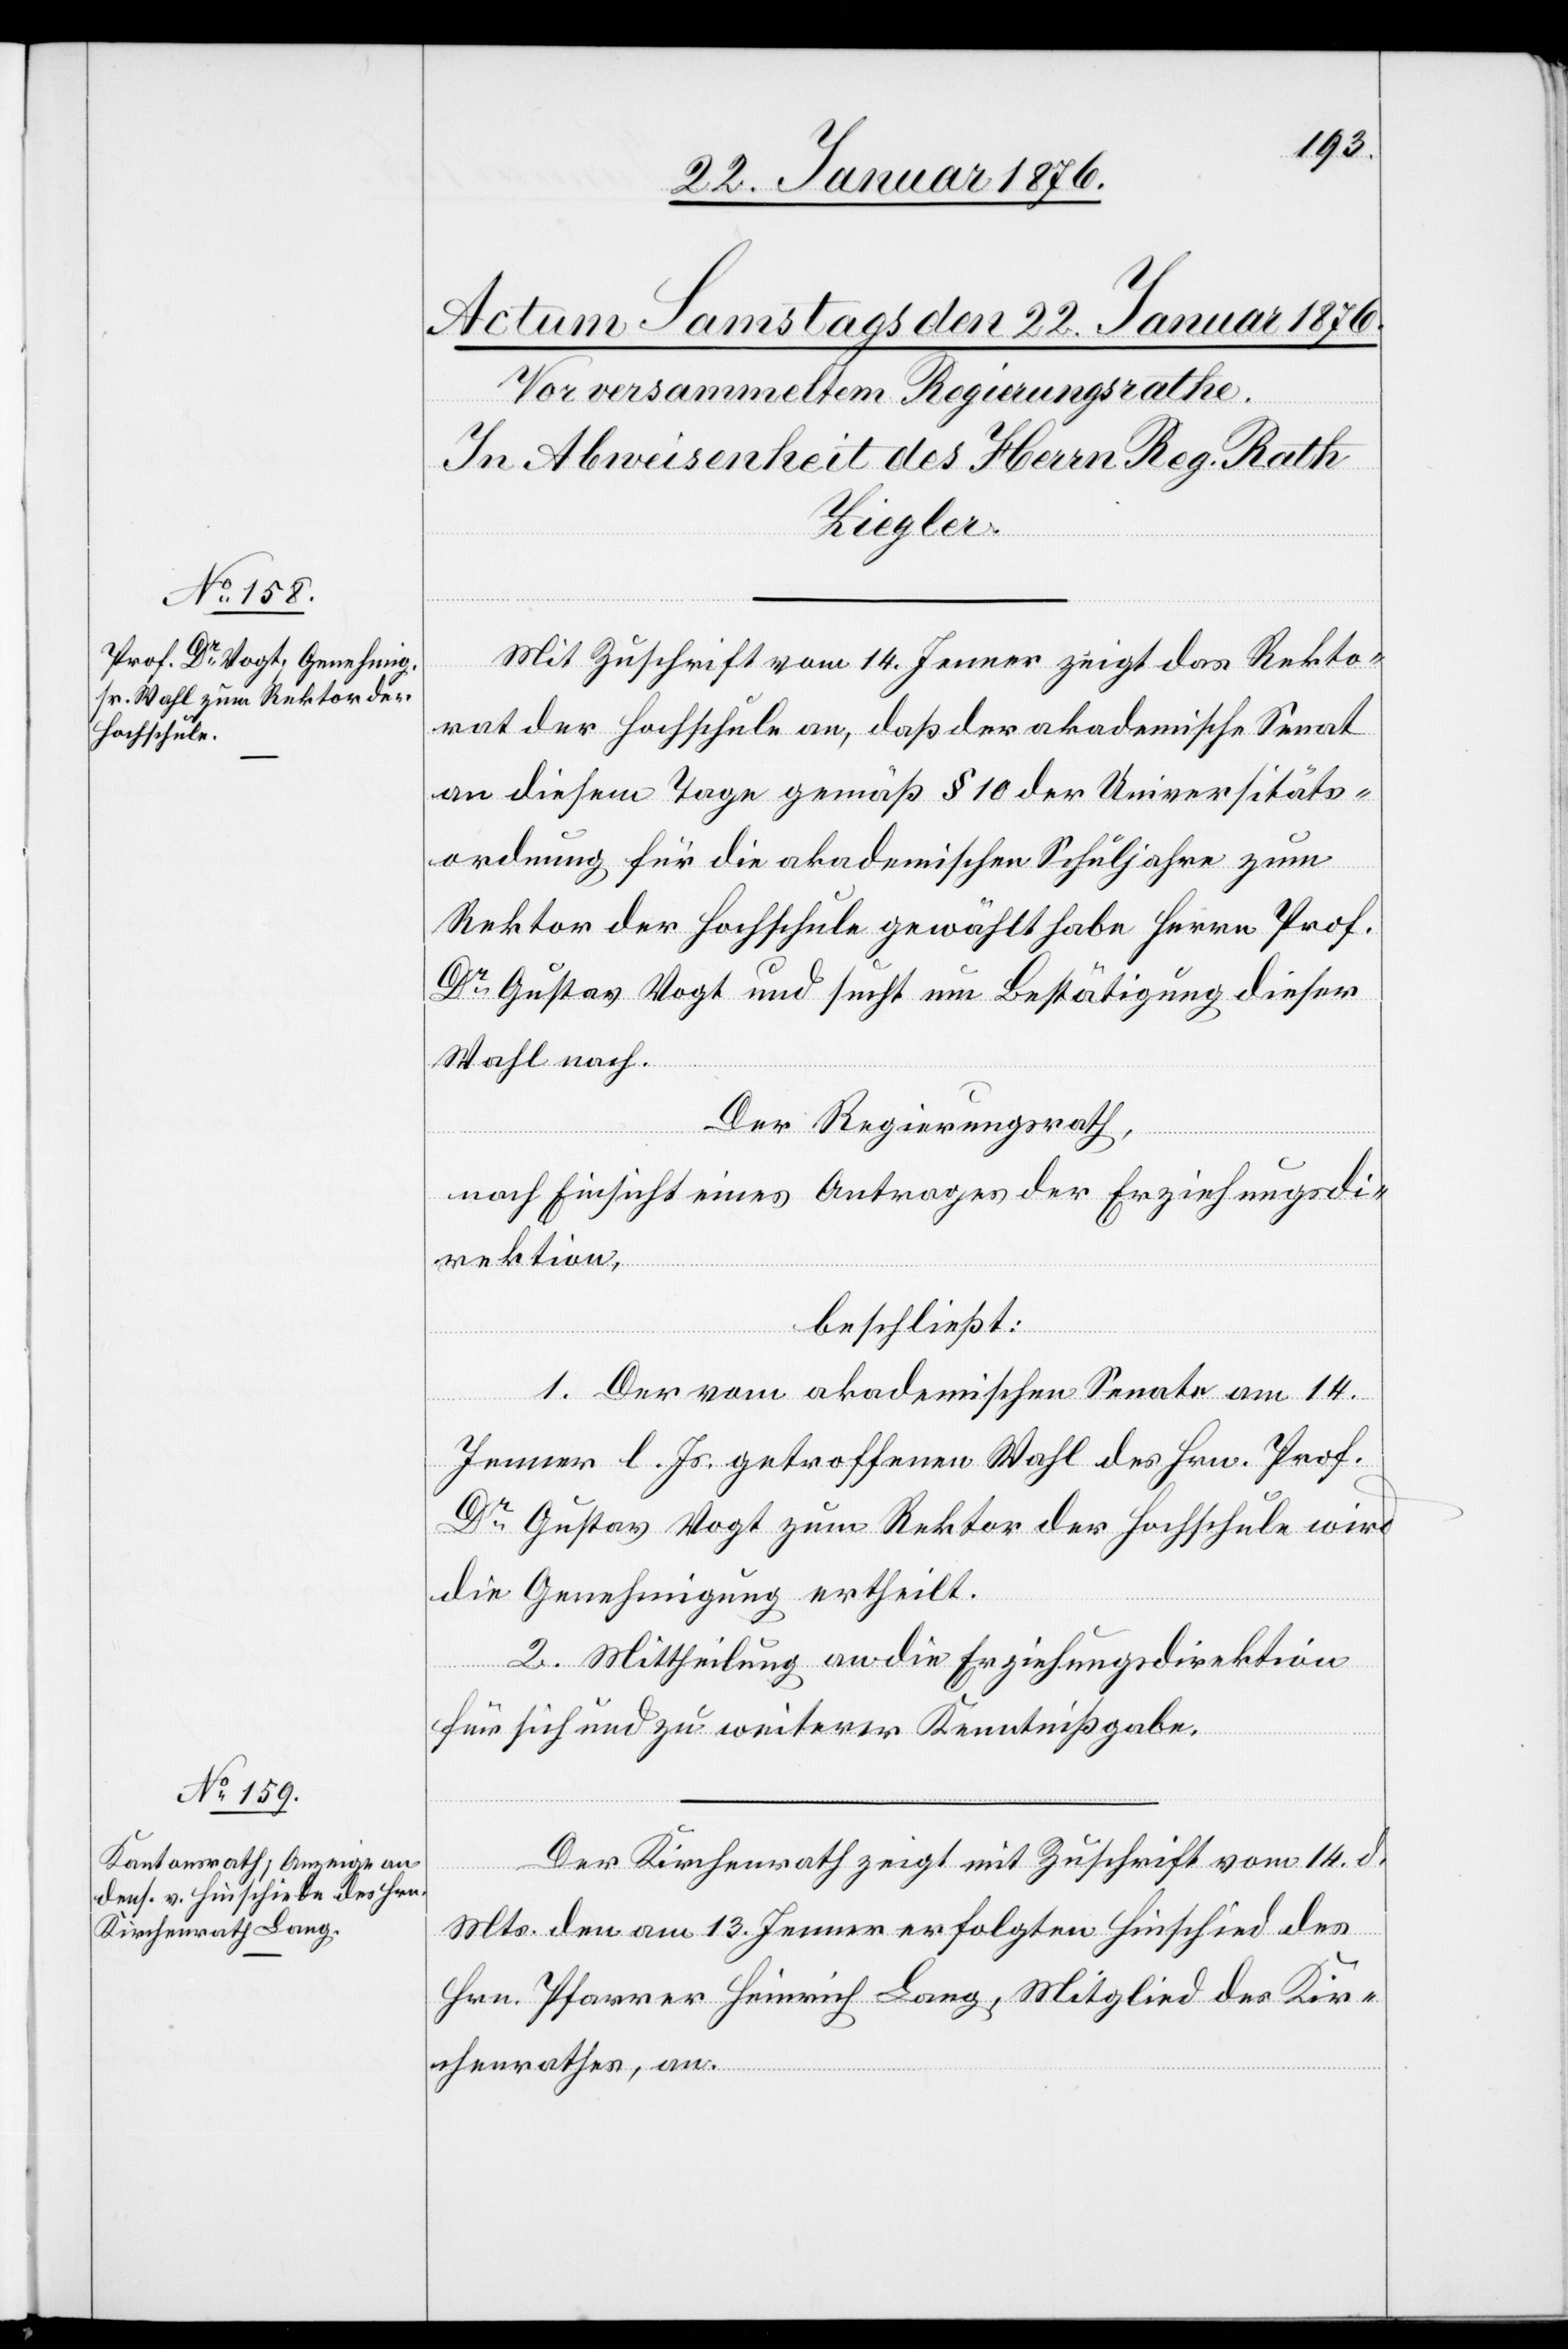
Mit Zuschrift vom 14. Jenner zeigt das Rekto¬
rat der Hochschule an, daß der akademische Senat
an diesem Tage gemäß § 10 der Universitäts¬
ordnung für die akademischen Schuljahre zum
Rektor der Hochschule gewählt habe Herrn Prof.
Dr. Gustav Vogt und sucht um Bestätigung dieser
Wahl nach.
Der Regierungsrath,
nach Einsicht eines Antrages der Erziehungsdi¬
rektion,
beschließt:
1. Der vom akademischen Senate am 14.
Jenner l. Js. getroffenen Wahl des Hrn. Prof.
Dr. Gustav Vogt zum Rektor der Hochschule wird
die Genehmigung ertheilt.
2. Mittheilung an die Erziehungsdirektion
für sich und zu weiterer Kenntnißgabe.
Der Kirchenrath zeigt mit Zuschrift vom 14. d.
Mts. den am 13. Jenner erfolgten Hinschied des
Hrn. Pfarrer Heinrich Lang, Mitglied des Kir¬
chenrathes, an.